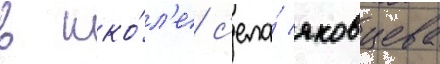
в шко́л'е с'ела́ яковцева